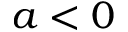
a < 0